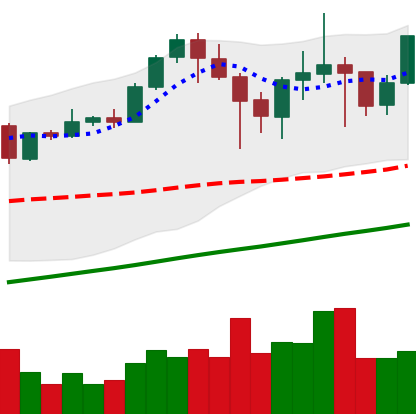
Ticker: ETH-USD
Chart end date: 2021-04-26
Forward return: 16.233%
Label: up_7plus